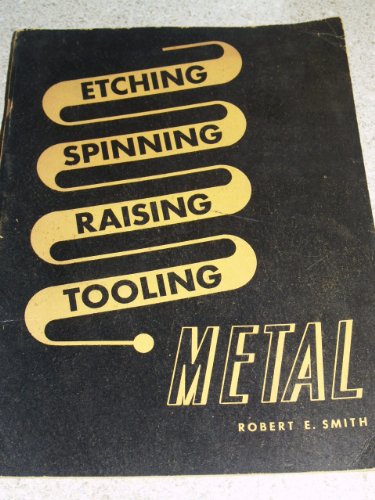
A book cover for Metal: Etching, Spinning, Raising, Tooling; Robert E. Smith; Crafts, Hobbies & Home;